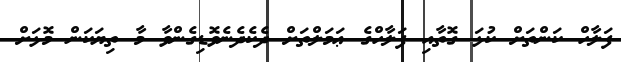
ފަލާހް ކަންތަށް ކުޅަ ގޮތާއި ފަލާހްގެ ޢަމަލްތަށް ދެކެދެނެވޮޑިގެންވާ މާ ތިޔަކަން މޮޅަށް